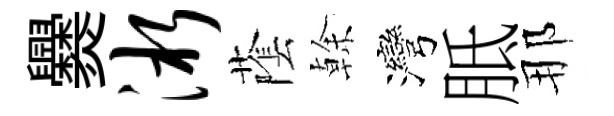
爨淅䕃𠏉灣胝那